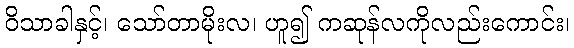
ဝိသာခါနှင့်၊ သော်တာမိုးလ၊ ဟူ၍ ကဆုန်လကိုလည်းကောင်း၊